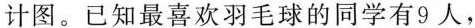
计图。已知最喜欢羽毛球的同学有9人，